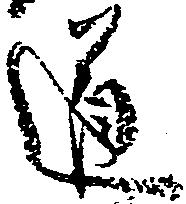
道